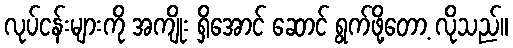
လုပ်ငန်းများကို အကျိုး ရှိအောင် ဆောင် ရွက်ဖို့တော့ လိုသည်။